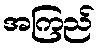
အကြည်